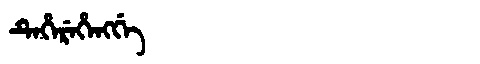
Manchu: ᡨᡝᡥᡝᡵᡝᡥᡝᠩᡤᡝ
Romanization: TEHEREHENGGE